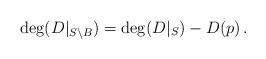
LaTeX: \begin{align*} \deg(D|_{S\backslash B}) = \deg(D|_S) -D(p)\, .\end{align*}